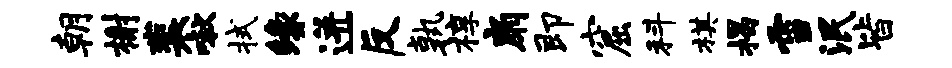
朝榭裴啾拭缘迸反孰椁扇即窟科棋揭雪泯皆